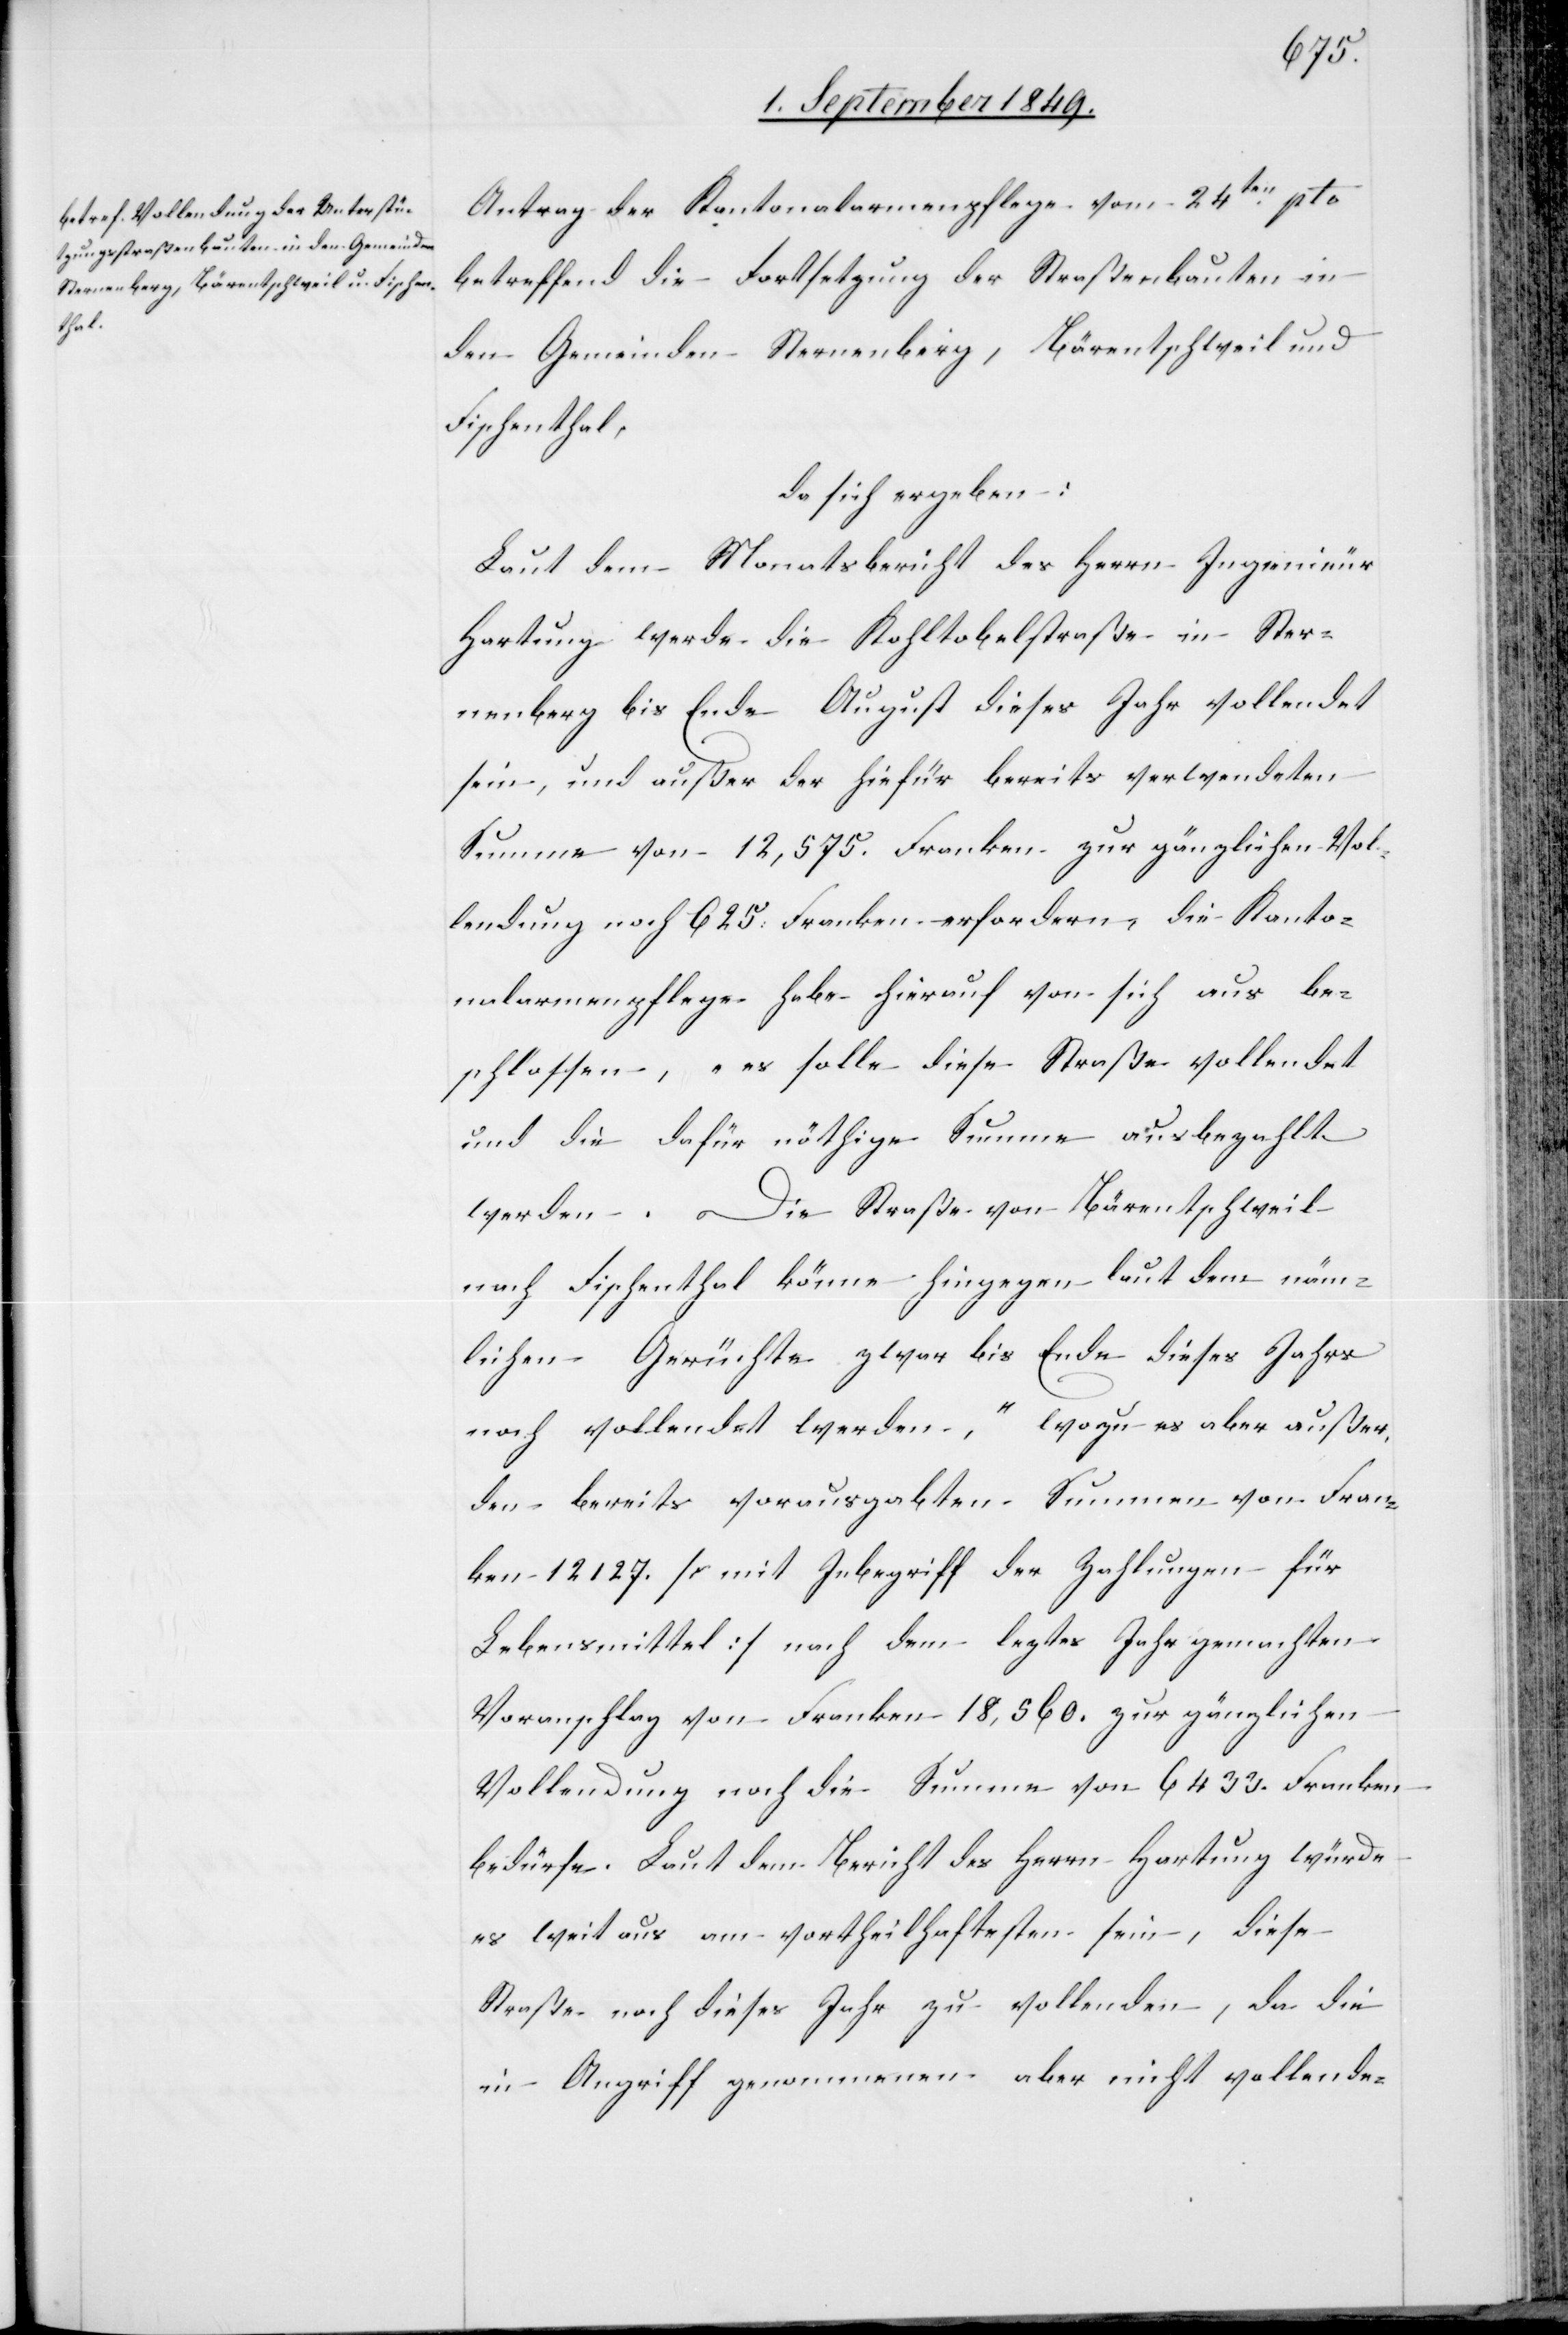
Antrag der Kantonalarmenpflege vom 24ten pto
betreffend die Fortsetzung der Straßenbauten in
den Gemeinden Sternenberg, Bärentschweil und
Fischenthal,
da sich ergeben:
Laut dem Monatsbericht des Herrn Ingenieur
Hartung werde Kohltobelstraße in Ster¬
nenberg bis Ende August dieses Jahr vollendet
sein, und außer der hiefür bereits verwendeten
Summe von 12,575. Franken zur gänzlichen Vol¬
lendung noch 625. Franken erfordern, die Kanto¬
nalarmenpflege habe hierauf von sich aus be¬
schlossen, „es solle diese Straße vollendet
und die dafür nöthige Summe ausbezahlt
werden. Die Straße von Bärentschweil
nach Fischenthal könne hingegen laut dem näm¬
lichen Gerüchte zwar bis Ende dieses Jahrs
noch vollendet werden“, wozu es aber außer
den bereits vorausgabten Summen von Fran¬
ken 12 127. [mit Inbegriff der Zahlungen für
Lebensmittel] nach dem leztes Jahr gemachten
Voranschlag von Franken 18,560. zur gänzlichen
Vollendung noch die Summe von 6 433. Franken
bedürfe. Laut dem Bericht des Herrn Hartung würde
es weit aus am vortheilhaftesten sein, diese
Straße noch dieses Jahr zu vollenden, da die
in Angriff genommenen aber nicht vollende-